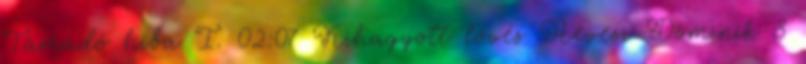
Támadó hiba I. 02:07 Kihagyott lövés Hevesi Dominik 8